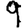
Digit: 9